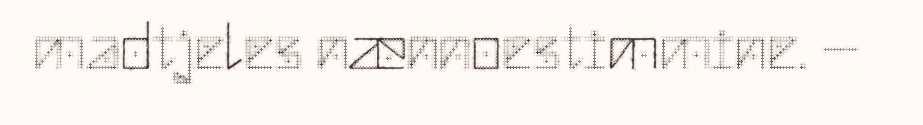
madtjeles nænnoestimmine. –